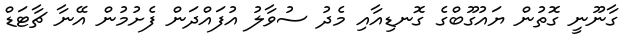
ގާނޫނީ ގޮތުން ޔައުގޫބްގެ ގޮނޑިއާއި މެދު ސުވާލު އުފައްދަން ފެށުމުން އޭނާ ޗާޓަޑް